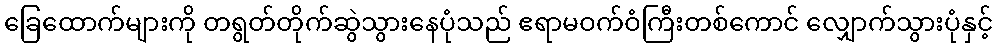
ခြေထောက်များကို တရွတ်တိုက်ဆွဲသွားနေပုံသည် ဧရာမဝက်ဝံကြီးတစ်ကောင် လျှောက်သွားပုံနှင့်